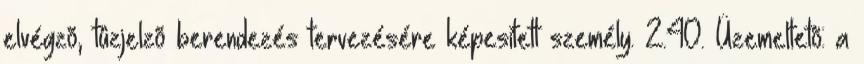
elvégzõ, tûzjelzõ berendezés tervezésére képesített személy. 2.40. Üzemeltetõ: a